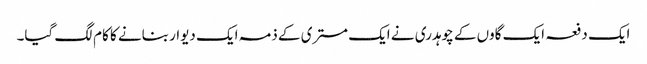
ایک دفعہ ایک گاوں کے چوہدری نے ایک مستری کے ذمہ ایک دیوار بنانے کا کام لگ گیا۔